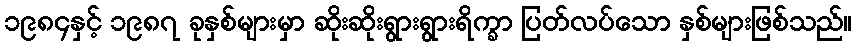
၁၉၈၄နှင့် ၁၉၈၇ ခုနှစ်များမှာ ဆိုးဆိုးရွားရွားရိက္ခာ ပြတ်လပ်သော နှစ်များဖြစ်သည်။